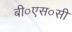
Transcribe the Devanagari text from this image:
बी०एस०सी